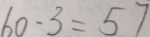
6 0 - 3 = 5 7